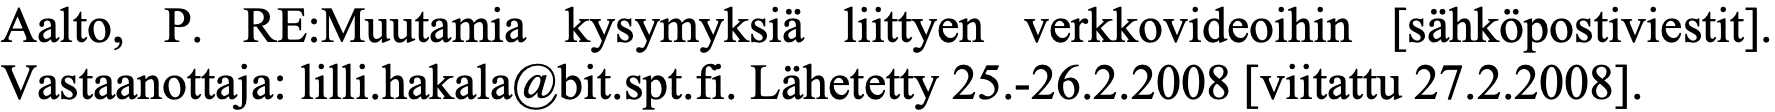
Aalto, P. RE:Muutamia kysymyksiä liittyen verkkovideoihin [sähköpostiviestit]. Vastaanottaja: lilli.hakala@bit.spt.fi. Lähetetty 25.-26.2.2008 [viitattu 27.2.2008].